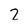
Character: 2